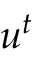
{ \boldsymbol { u } } ^ { t }